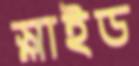
স্লাইড